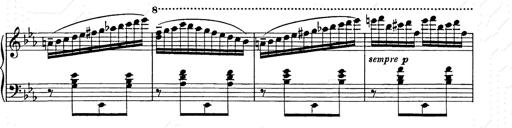
Title: Hungarian Rhapsody No.9
Composer: Franz Liszt
Key: E-flat major